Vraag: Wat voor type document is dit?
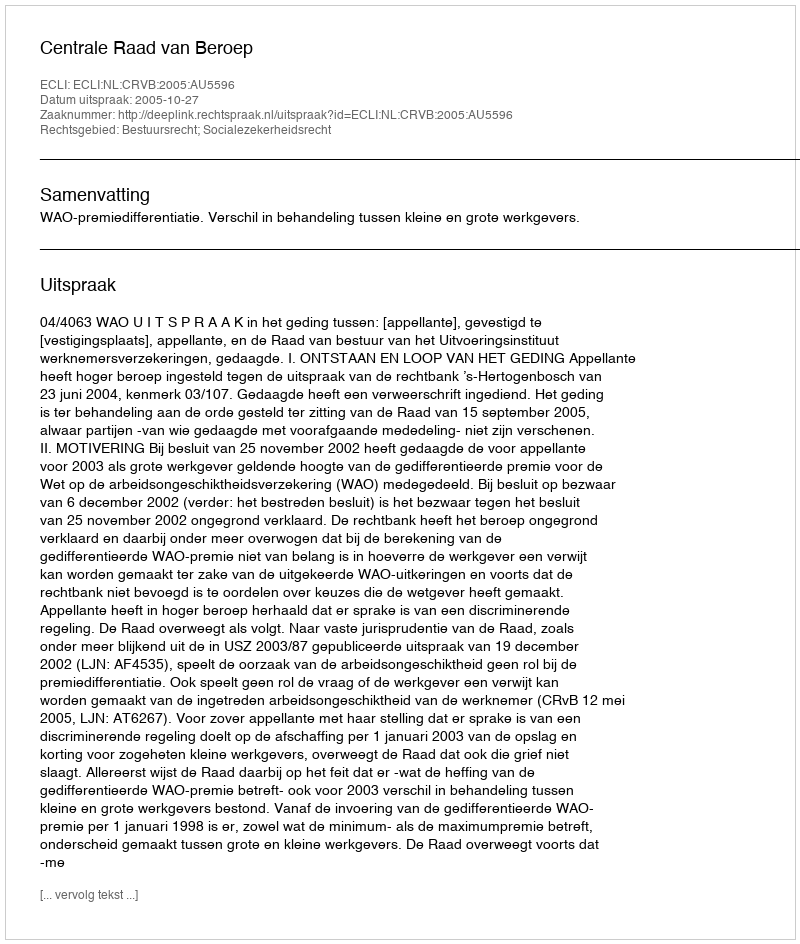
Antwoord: Uitspraak